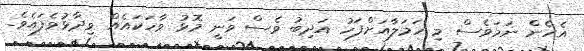
އެހެން ނަމަވެސް މި ހަމަލާއަށްފަހު އަދިބު ވެސް ވަނީ މޮޅު ވާހަކައެއް ވިދާޅުވެފައެވެ.